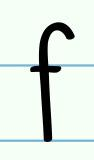
f